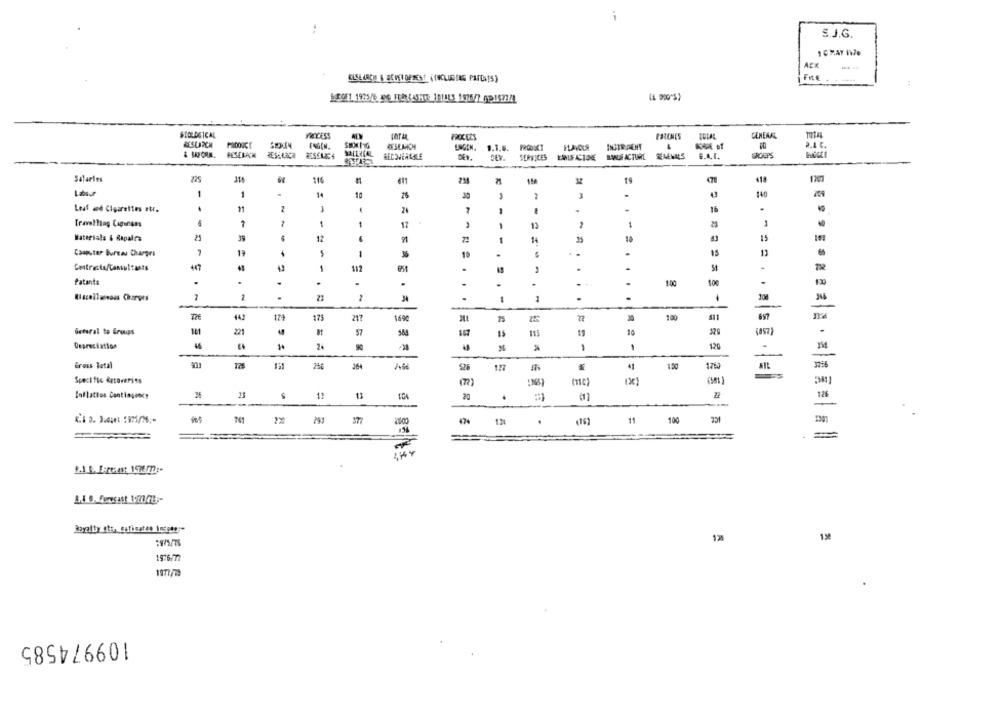
S.J.G.
1 C MAY Ile
AER
SCOLOGICAL
PROCESS
FRECETS
TOLAL
GENERAR
PRDOUCE
RESEARCH
UNGEN. 1.1.6. PRODUKT
RESEARCH
DEY.
Salarles
22
1
1
.
10
140
Leaf ad Cigarettes etc.
.
.
.
Travelling Caginess
7
1
21
17
13
Materials & Rapalra
25
12
15
14
15
Computer bureau Charges
1
36
447
1
51
-
Patants
.
.
.
.
1:00
10
Hazailessons Charges
1
....
RESSESNAZ
4J
17ª
171
169℃
30
100
na
Geteral to Groups
181
57
115
Depreciation
2
90
1
1
120
-
Gross Total
151
364
127
41
1.50
Specific datorerits
loflation Contingency
13
20
22
741
291
.
11
100
1,4 0, Forecast 1977 78 ;-
12
1.30
1976/77
1977/79
109974585